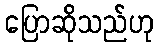
ပြောဆိုသည်ဟု